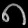
Digit: ၈